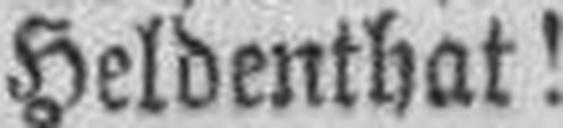
Heldenthat!